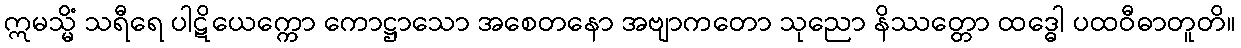
ဣမသ္မိံ သရီရေ ပါဋိယေက္ကော ကောဋ္ဌာသော အစေတနော အဗျာကတော သုညော နိဿတ္တော ထဒ္ဓေါ ပထဝီဓာတူတိ။